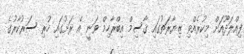
ފިއްލަދޫއަށް މިކުރެއްވި ޒިޔާރަތުގައި ޤާސިމް އިބްރާހިމް ވަނީ އެ ރަށުގައި ހުރި ސަރުކާރުގެ